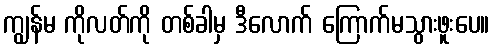
ကျွန်မ ကိုလတ်ကို တစ်ခါမှ ဒီလောက် ကြောက်မသွားဖူးပေ။